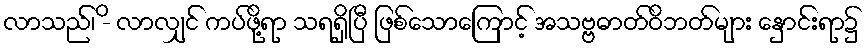
လာသည်၊ -ိ လာလျှင် ကပ်ဖို့ရာ သရရှိပြီ ဖြစ်သောကြောင့် အသဗ္ဗဓာတ်ဝိဘတ်များ နှောင်းရာ၌